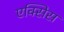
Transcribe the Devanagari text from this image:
एक्‍सिस